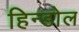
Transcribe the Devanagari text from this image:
हिन्डोल